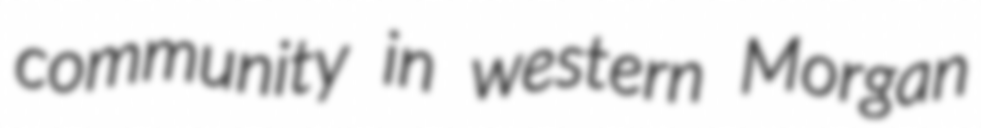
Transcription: community in western Morgan